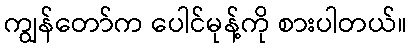
ကျွန်တော်က ပေါင်မုန့်ကို စားပါတယ်။